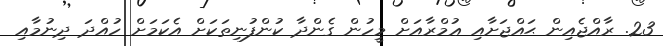
23. ރާއްޖެއިން ޙައްޖަށާއި ޢުމްރާއަށް މީހުން ގެންދާ ކުންފުނިތަކަށް އެކަމަށް ހުއްދަ ދިނުމާއި